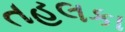
તહલકા